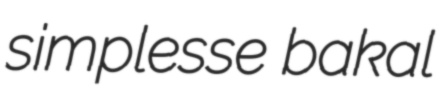
simplesse bakal